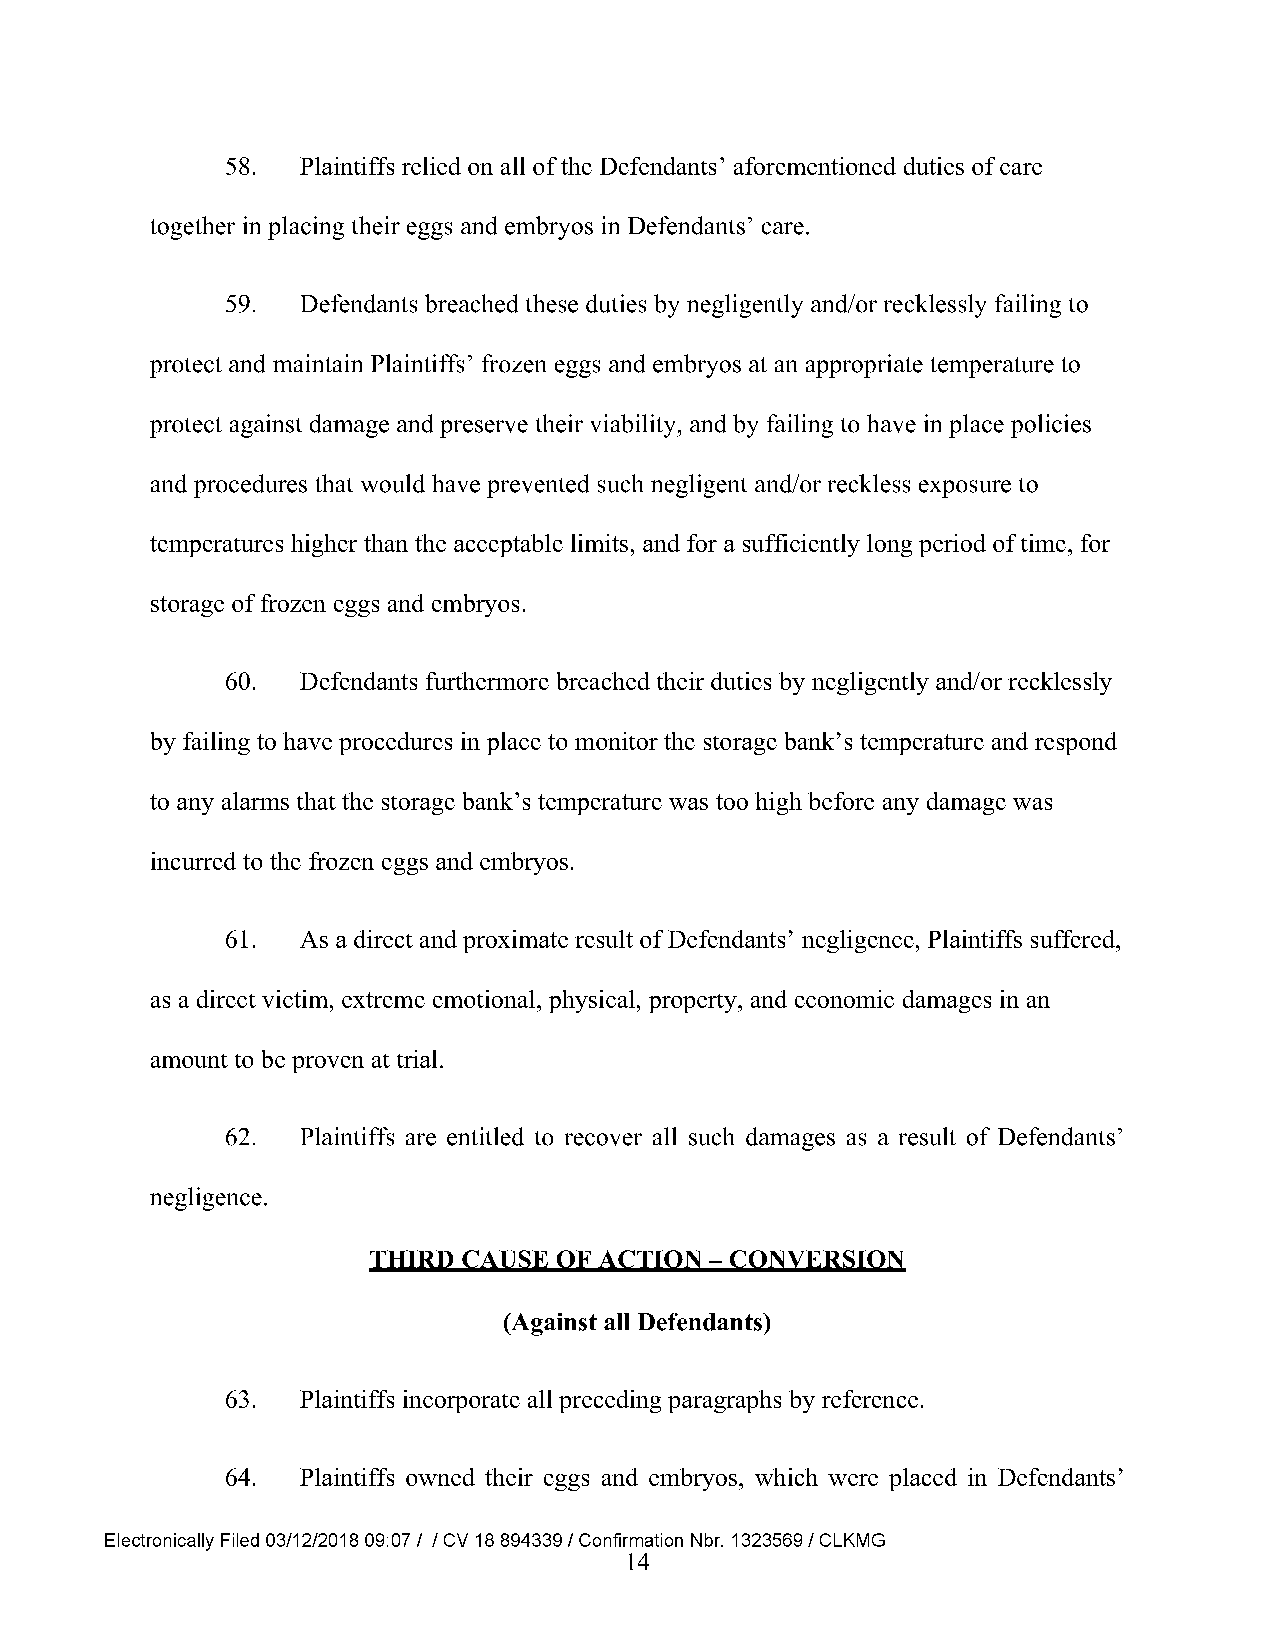
58.  Plaintiffs relied on all of the Defendants’ aforementioned duties of care
 together in placing their eggs and embryos in Defendants’ care.
 59.  Defendants breached these duties by negligently and/or recklessly failing to
 protect and maintain Plaintiffs’ frozen eggs and embryos at an appropriate temperature to
 protect against damage and preserve their viability, and by failing to have in place policies
 and procedures that would have prevented such negligent and/or reckless exposure to
 temperatures higher than the acceptable limits, and for a sufficiently long period of time, for
 storage of frozen eggs and embryos.
 60.  Defendants furthermore breached their duties by negligently and/or recklessly
 by failing to have procedures in place to monitor the storage bank’s temperature and respond
 to any alarms that the storage bank’s temperature was too high before any damage was
 incurred to the frozen eggs and embryos.
 61.  As a direct and proximate result of Defendants’ negligence, Plaintiffs suffered,
 as a direct victim, extreme emotional, physical, property, and economic damages in an
 amount to be proven at trial.
 62.  Plaintiffs are entitled to recover all such damages as a result of Defendants’
 negligence.
 THIRD CAUSE OF ACTION - CONVERSION
 (Against all Defendants)
 63.  Plaintiffs incorporate all preceding paragraphs by reference.
 64.  Plaintiffs owned their eggs and embryos, which were placed in Defendants’
 Electronically Filed 03/12/2018 09:07 / / CV 18 894339 / Confirmation Nbr. 1323569 / CLKMG
 14